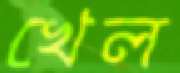
খেল